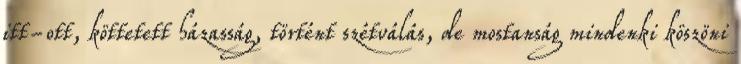
itt-ott, köttetett házasság, történt szétválás, de mostanság mindenki köszöni